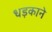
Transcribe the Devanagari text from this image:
धड़काने